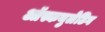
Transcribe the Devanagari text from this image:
ऑस्कयुलेटिग